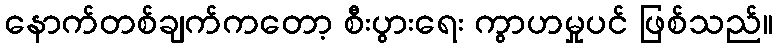
နောက်တစ်ချက်ကတော့ စီးပွားရေး ကွာဟမှုပင် ဖြစ်သည်။